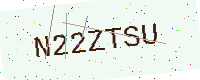
Text: N22ZTSU